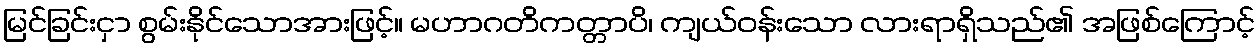
မြင်ခြင်းငှာ စွမ်းနိုင်သောအားဖြင့်။ မဟာဂတိကတ္တာပိ၊ ကျယ်ဝန်းသော လားရာရှိသည်၏ အဖြစ်ကြောင့်